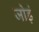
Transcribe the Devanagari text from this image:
जोड़ं